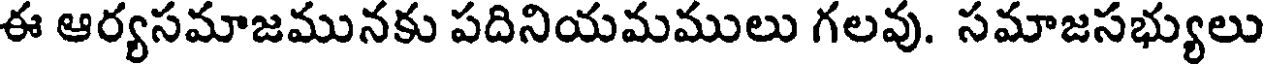
ఈ ఆర్యసమాజమునకు పదినియమములు గలవు. సమాజసభ్యులు